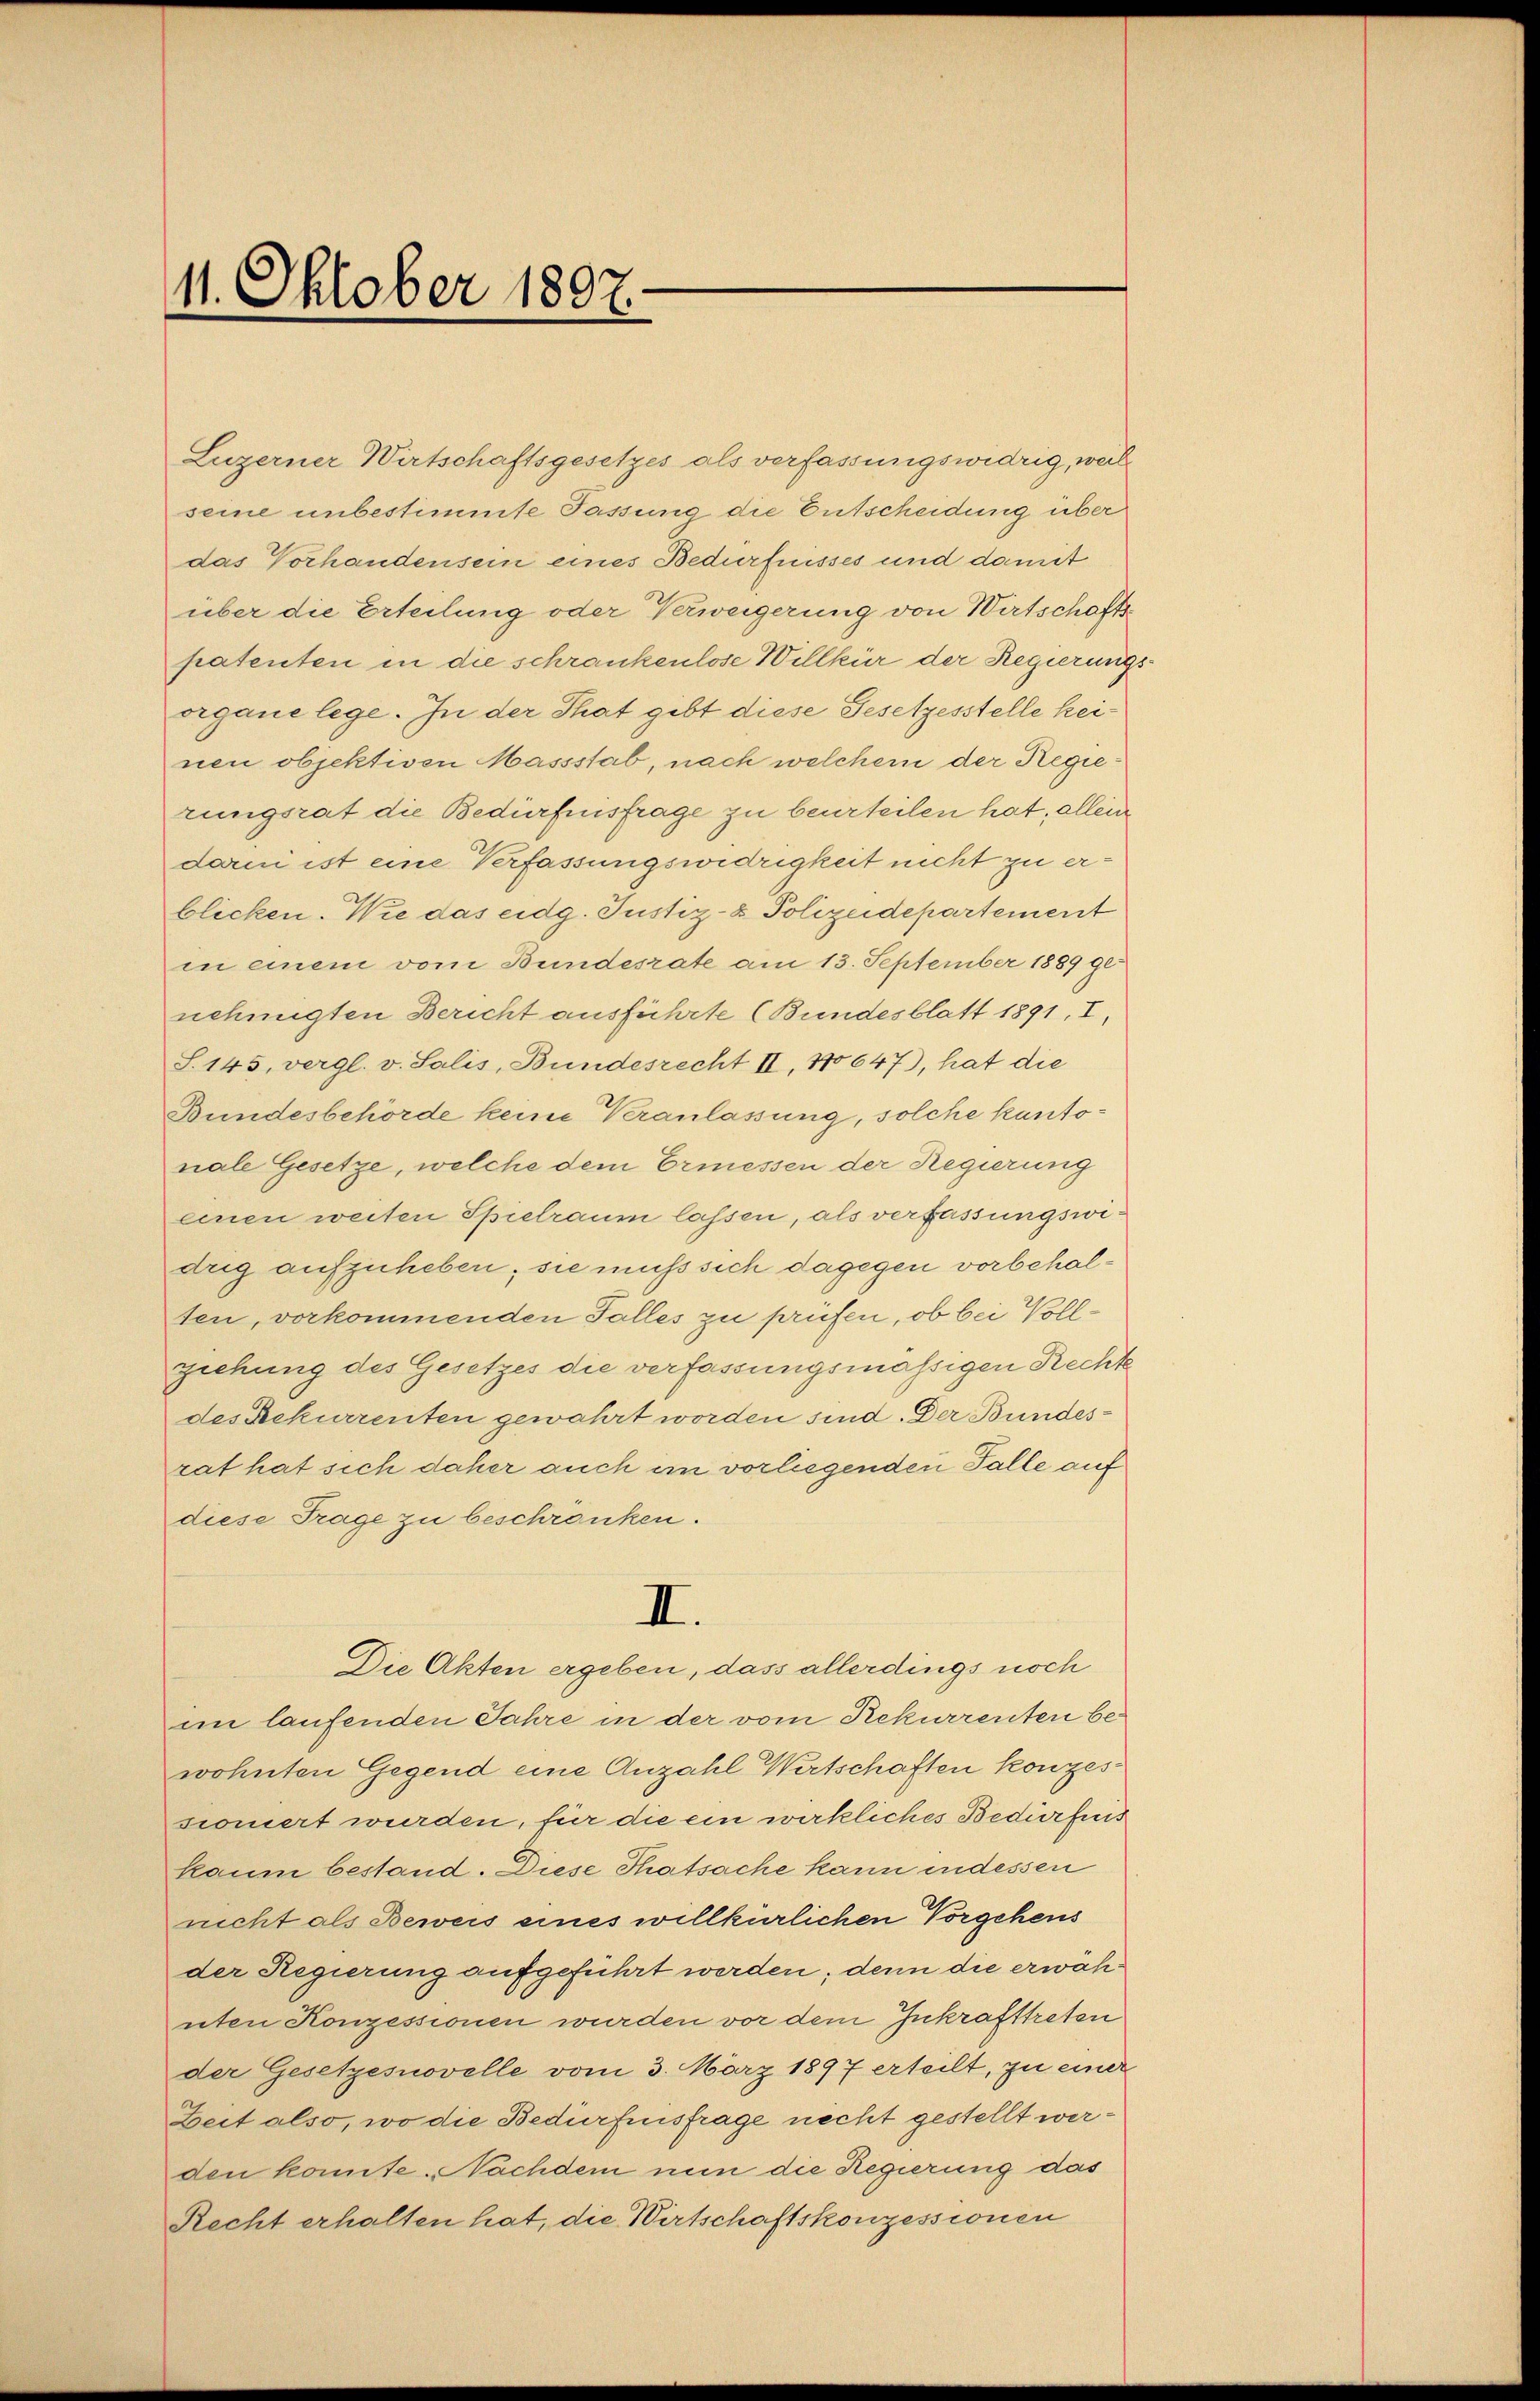
11. Oktober 1807.

Luzerner Wirtschaftsgesetzes als verfassungswidrig, weil
seine unbestimmte Passung die Entscheidung über
das Vorhandensein eines Bedürfnisses und damit
über die Erteilung oder Verweigerung von Wirtschafts-
patenten in die schrankenlose Willkür der Regierung.
organe lege. In der That gibt diese Gesetzesstelle keinen objektiven Massstab, nach welchem der Regierungsrat die Bedürfnisfrage zu beurteilen hat, allein
darni ist eine Verfassungswidrigkeit nicht zu erblicken. Wie das eidg. Justiz- & Polizeidepartement
in einem vom Bundesrate am 13. September 1889 genehmigten Bericht ausführte (Bundesblatt 1891, I,
S. 145, vergl. v. Salis, Bundesrecht II, 110647), hat die
Bundesbehörde keine Kranlassung, solche kantonale Gesetze, welche dem Ermessen der Regierung
einen weiten Spielraum lassen, als verfassungswidrig aufzuheben; sie muß sich dagegen vorbehalten, vorkommenden Falles zu prüfen, ob bei Vollziehung des Gesetzes die verfassungsmässigen Rechte
des Rekurrenten gewahrt worden sind. Der Bundesrat hat sich daher auch im vorliegenden Falle auf
diese Trage zu beschränken.
II.
Die Akten ergeben, dass allerdings noch
im laufenden Jahre in der vom Rekurrenten bewohnten Gegend eine Anzahl Wirtschaften konzessiomert wurden, für die ein wirkliches Bedürfnis
kaum bestand. Diese Thatsache kann indessen
nicht als Beweis eines willkürlichen Vorgehens
der Regierung aufgeführt werden; denn die erwahnten Konzessionen wurden vor dem Inkrafttreten
der Gesetzesnovelle vom 3. März 1897 erteilt, zu einer
Zeit also, wo die Bedürfnisfrage nicht gestellt werden konnte Nachdem nun die Regierung das
Recht erhalten hat, die Wirtschaftskonzessionen